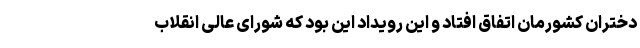
دختران کشورمان اتفاق افتاد و این رویداد این بود که شورای عالی انقلاب